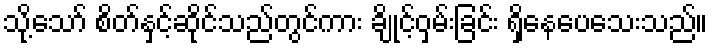
သို့သော် စိတ်နှင့်ဆိုင်သည်တွင်ကား ချိုင့်ဝှမ်းခြင်း ရှိနေပေသေးသည်။